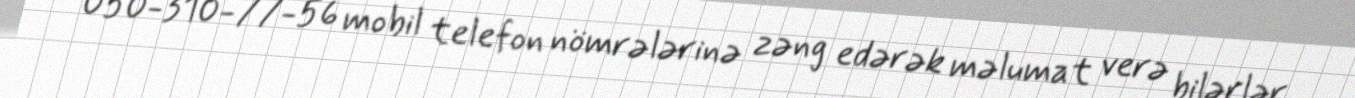
050-310-77-56 mobil telefon nömrələrinə zəng edərək məlumat verə bilərlər.